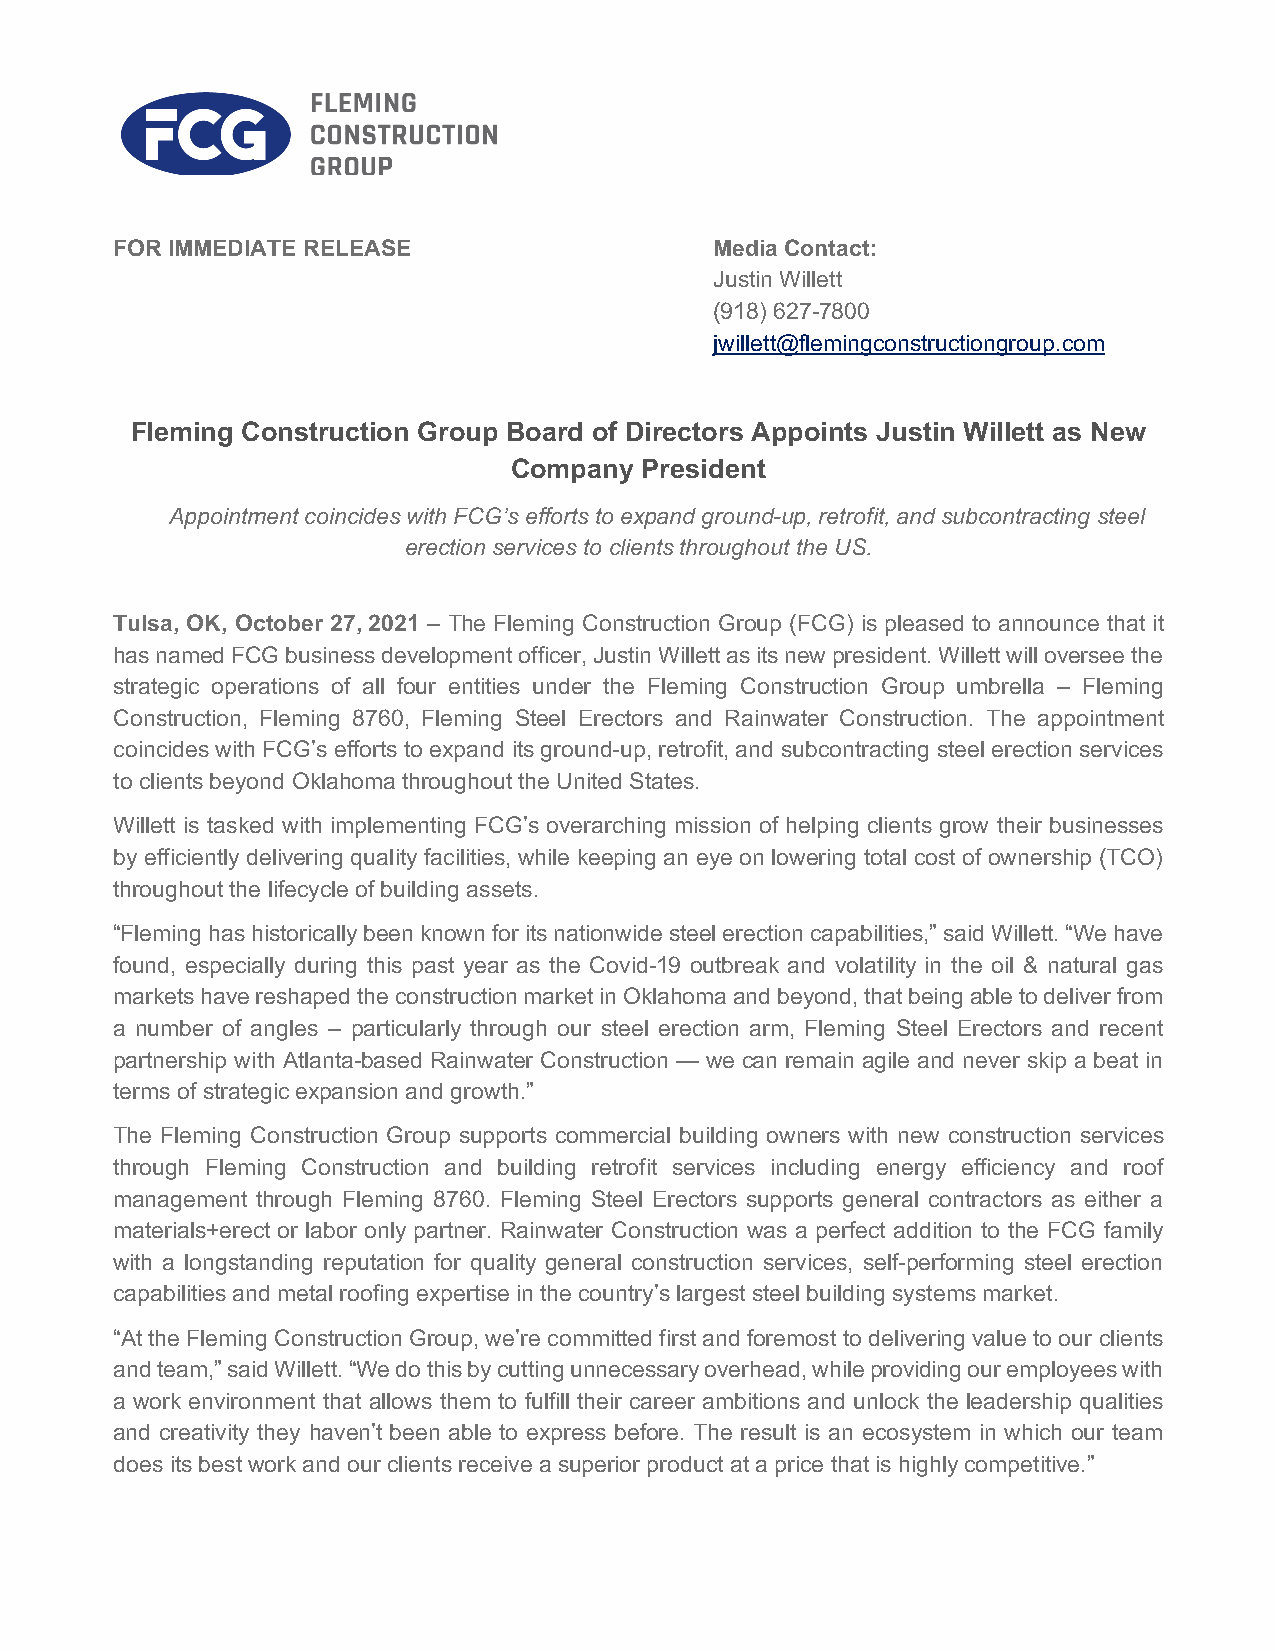
FOR IMMEDIATE RELEASE                  Media Contact:
 Justin Willett
 (918) 627-7800
 jwillett@flemingconstructiongroup.com
 Fleming Construction Group Board of Directors Appoints Justin Willett as New
 Company  President
 Appointment coincides with FCG’s efforts to expand ground-up, retrofit, and subcontracting steel
 erection services to clients throughout the US.
 Tulsa, OK, October 27, 2021 – The Fleming Construction Group (FCG) is pleased to announce that it
 has named FCG business development officer, Justin Willett as its new president. Willett will oversee the
 strategic operations of all four entities under the Fleming Construction Group umbrella – Fleming
 Construction, Fleming 8760, Fleming Steel Erectors and Rainwater Construction. The appointment
 coincides with FCG’s efforts to expand its ground-up, retrofit, and subcontracting steel erection services
 to clients beyond Oklahoma throughout the United States.
 Willett is tasked with implementing FCG’s overarching mission of helping clients grow their businesses
 by efficiently delivering quality facilities, while keeping an eye on lowering total cost of ownership (TCO)
 throughout the lifecycle of building assets.
 “Fleming has historically been known for its nationwide steel erection capabilities,” said Willett. “We have
 found, especially during this past year as the Covid-19 outbreak and volatility in the oil & natural gas
 markets have reshaped the construction market in Oklahoma and beyond, that being able to deliver from
 a number of angles – particularly through our steel erection arm, Fleming Steel Erectors and recent
 partnership with Atlanta-based Rainwater Construction — we can remain agile and never skip a beat in
 terms of strategic expansion and growth.”
 The Fleming Construction Group supports commercial building owners with new construction services
 through Fleming Construction and building retrofit services including energy efficiency and roof
 management through Fleming 8760. Fleming Steel Erectors supports general contractors as either a
 materials+erect or labor only partner. Rainwater Construction was a perfect addition to the FCG family
 with a longstanding reputation for quality general construction services, self-performing steel erection
 capabilities and metal roofing expertise in the country’s largest steel building systems market.
 “At the Fleming Construction Group, we’re committed first and foremost to delivering value to our clients
 and team,” said Willett. “We do this by cutting unnecessary overhead, while providing our employees with
 a work environment that allows them to fulfill their career ambitions and unlock the leadership qualities
 and creativity they haven’t been able to express before. The result is an ecosystem in which our team
 does its best work and our clients receive a superior product at a price that is highly competitive.”